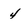
Character: 4